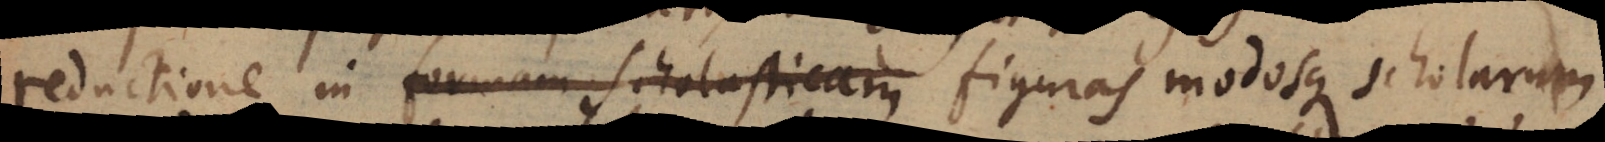
reductione in formam Scholasticam figuras modosque scholarum